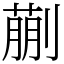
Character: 蒯